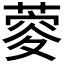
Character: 𦶨